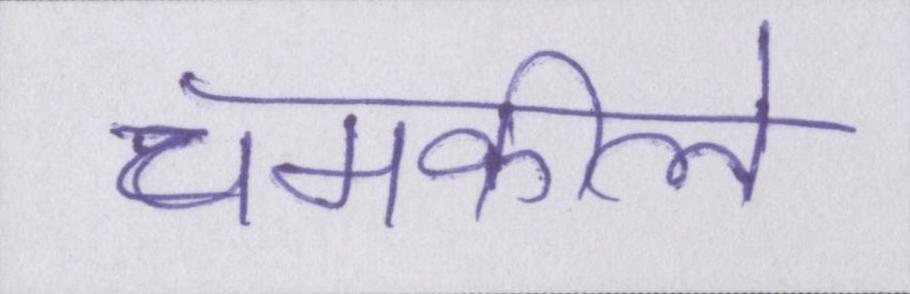
चमकीले